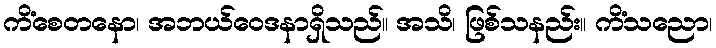
ကိံစေတနော၊ အဘယ်ဝေဒနာရှိသည်။ အသိ၊ ဖြစ်သနည်း။ ကိံသညော၊